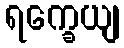
ရက္ခေယျ